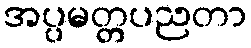
အပ္ပမတ္တပညတာ